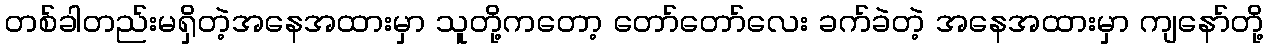
တစ်ခါတည်းမရှိတဲ့အနေအထားမှာ သူတို့ကတော့ တော်တော်လေး ခက်ခဲတဲ့ အနေအထားမှာ ကျနော်တို့